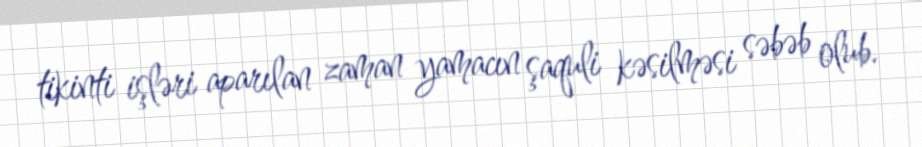
tikinti işləri aparılan zaman yamacın şaquli kəsilməsi səbəb olub.